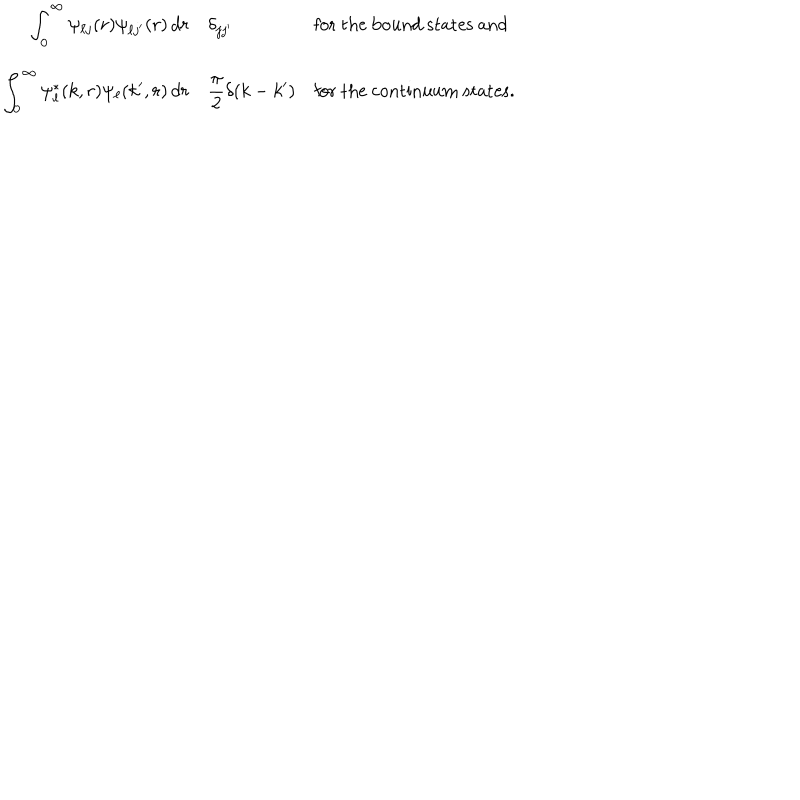
\begin{array} { r l l } { { \displaystyle \int _ { 0 } ^ { \infty } \psi _ { \ell j } ( r ) \psi _ { \ell j ^ { \prime } } ( r ) \, d r } } & { { \displaystyle \delta _ { j j ^ { \prime } } } } & { { \mathrm { f o r ~ t h e ~ b o u n d ~ s t a t e s ~ a n d } } } \\ { { \displaystyle \int _ { 0 } ^ { \infty } \psi _ { \ell } ^ { * } ( k , r ) \psi _ { \ell } ( k ^ { \prime } , r ) \, d r } } & { { \displaystyle \frac { \pi } { 2 } \delta ( k - k ^ { \prime } ) } } & { { \mathrm { f o r ~ t h e ~ c o n t i n u u m ~ s t a t e s . } } } \\ \end{array}